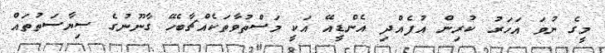
މީގެ ނުވަ އަހަރު ކުރިން އުފެއްދި އެންޑީއޭ އަކީ މަސްތުވާތަކެއްޗާބެހޭ ގާނޫނުގެ ސިޔާސަތުތައް